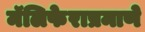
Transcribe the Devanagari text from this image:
मॅलिफेराप्रमाणे